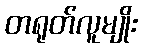
တရုတ်လူမျိုး